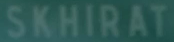
SKHIRAT